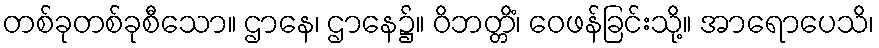
တစ်ခုတစ်ခုစီသော။ ဌာနေ၊ ဌာနေ၌။ ဝိဘတ္တိံ၊ ဝေဖန်ခြင်းသို့။ အာရောပေသိ၊